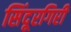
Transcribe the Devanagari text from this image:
सिंदूरगिरी